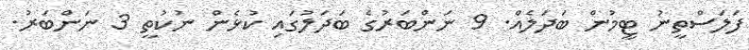
ފަލަސްތީނު ޓީމުން ބަދަލެއް. 9 ނަންބަރުގެ ބަދަލުގައި ކުޅެން ނުކުތީ 3 ނަންބަރު.